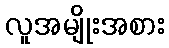
လူအမျိုးအစား